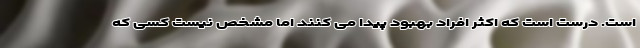
است. درست است که اکثر افراد بهبود پیدا می کنند اما مشخص نیست کسی که